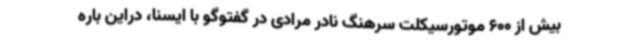
بیش از 600 موتورسیکلت سرهنگ نادر مرادی در گفتوگو با ایسنا، دراین باره